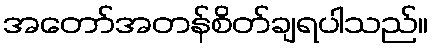
အတော်အတန်စိတ်ချရပါသည်။